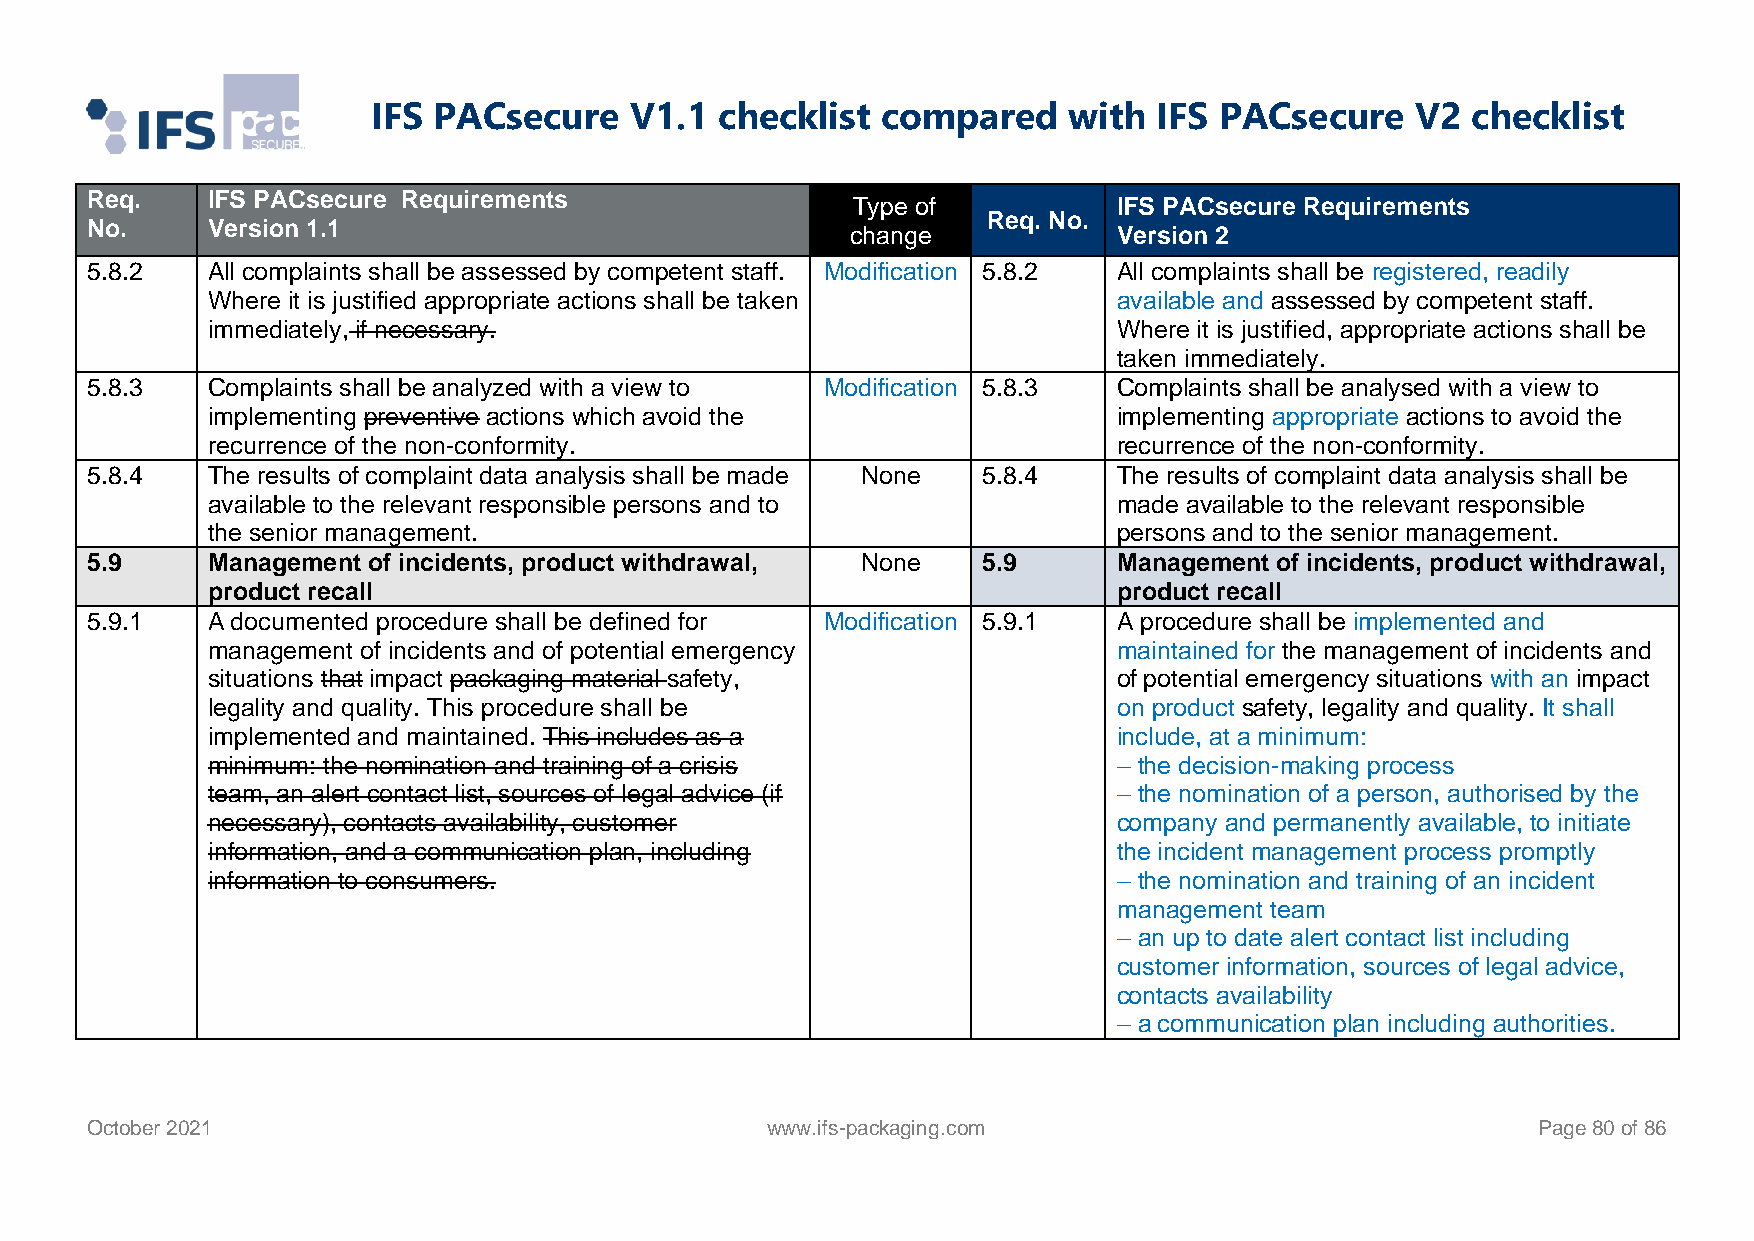
IFS PACsecure    V1.1  checklist compared     with  IFS PACsecure    V2 checklist
 Req.    IFS PACsecure Requirements
 Type of           IFS PACsecure Requirements
 Req. No.
 No.     Version 1.1                               change            Version 2
 5.8.2   All complaints shall be assessed by competent staff. Modification 5.8.2 All complaints shall be registered, readily
 Where it is justified appropriate actions shall be taken    available and assessed by competent staff.
 immediately, if necessary.                                  Where it is justified, appropriate actions shall be
 taken immediately.
 5.8.3   Complaints shall be analyzed with a view to Modification 5.8.3 Complaints shall be analysed with a view to
 implementing preventive actions which avoid the             implementing appropriate actions to avoid the
 recurrence of the non-conformity.                           recurrence of the non-conformity.
 5.8.4   The results of complaint data analysis shall be made None 5.8.4 The results of complaint data analysis shall be
 available to the relevant responsible persons and to        made available to the relevant responsible
 the senior management.                                      persons and to the senior management.
 5.9     Management of incidents, product withdrawal, None  5.9      Management of incidents, product withdrawal,
 product recall                                              product recall
 5.9.1   A documented procedure shall be defined for Modification 5.9.1 A procedure shall be implemented and
 management of incidents and of potential emergency          maintained for the management of incidents and
 situations that impact packaging material safety,           of potential emergency situations with an impact
 legality and quality. This procedure shall be               on product safety, legality and quality. It shall
 implemented and maintained. This includes as a              include, at a minimum:
 minimum: the nomination and training of a crisis            – the decision-making process
 team, an alert contact list, sources of legal advice (if    – the nomination of a person, authorised by the
 necessary), contacts availability, customer                 company and permanently available, to initiate
 information, and a communication plan, including            the incident management process promptly
 information to consumers.                                   – the nomination and training of an incident
 management team
 – an up to date alert contact list including
 customer information, sources of legal advice,
 contacts availability
 – a communication plan including authorities.
 October 2021                                 www.ifs-packaging.com                              Page 80 of 86